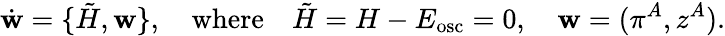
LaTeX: \dot{\mathbf w}=\{ {\tilde{H}},{\mathbf w}\} ,\quad\mathrm{where}\quad{\tilde{H}}=H-E_{\mathrm{osc}}=0,\quad{\mathbf w}=(\pi^{A},z^{A}).